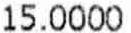
15.0000